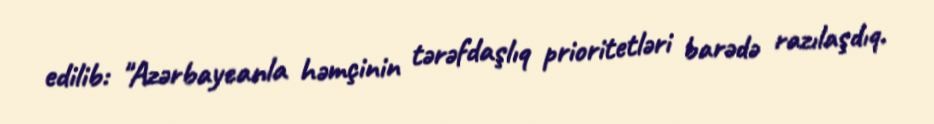
edilib: "Azərbaycanla həmçinin tərəfdaşlıq prioritetləri barədə razılaşdıq.